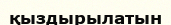
қыздырылатын